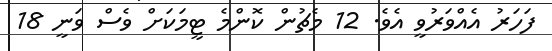
ފަހަރު އެއްވަރުވީ އެވެ. 12 މެޗުން ކޮންމެ ޓީމަކަށް ވެސް ވަނީ 18